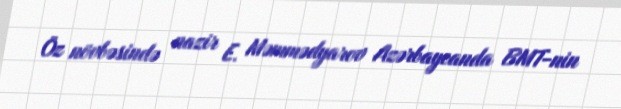
Öz növbəsində nazir E. Məmmədyarov Azərbaycanda BMT-nin